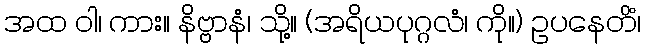
အထ ဝါ၊ ကား။ နိဗ္ဗာနံ၊ သို့။ (အရိယပုဂ္ဂလံ၊ ကို။) ဥပနေတိံ၊